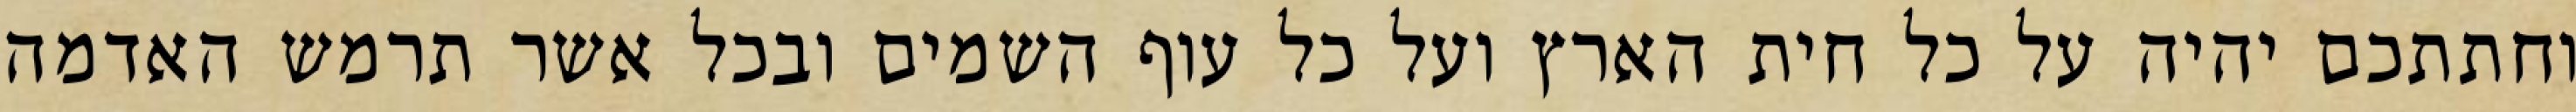
וחתתכם יהיה על כל חית הארץ ועל כל עוף השמים ובכל אשר תרמש האדמה